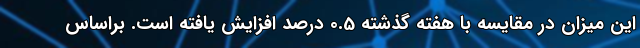
این میزان در مقایسه با هفته گذشته 0.5 درصد افزایش یافته است. براساس